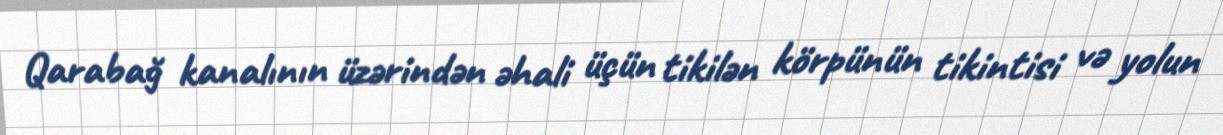
Qarabağ kanalının üzərindən əhali üçün tikilən körpünün tikintisi və yolun